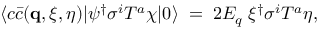
\langle c \bar { c } ( { \bf q } , \xi , \eta ) | \psi ^ { \dagger } \sigma ^ { i } T ^ { a } \chi | 0 \rangle \; = \; 2 E _ { q } \; \xi ^ { \dagger } \sigma ^ { i } T ^ { a } \eta ,